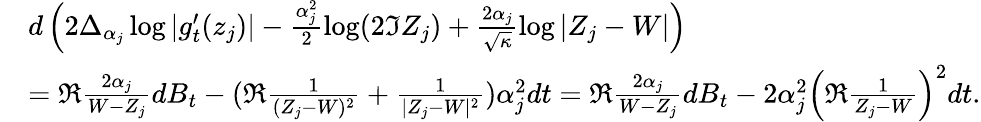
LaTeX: \begin{array}{rl}&{d\left(2\Delta_{\alpha_{j}}\log|g_{t}^{\prime}(z_{j})|-\frac{\alpha_{j}^{2}}2\log(2\Im Z_{j})+\frac{2\alpha_{j}}{\sqrt\kappa}\log|Z_{j}-W|\right)}\\ &{=\Re\frac{2\alpha_{j}}{W-Z_{j}}dB_{t}-(\Re\frac{1}{(Z_{j}-W)^{2}}+\frac{1}{|Z_{j}-W|^{2}})\alpha_{j}^{2}dt=\Re\frac{2\alpha_{j}}{W-Z_{j}}dB_{t}-2\alpha_{j}^{2}\left(\Re\frac 1{Z_{j}-W}\right)^{2}dt.}\end{array}